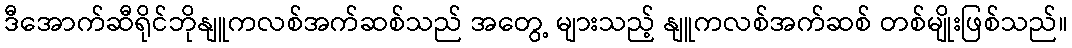
ဒီအောက်ဆီရိုင်ဘိုနျူကလစ်အက်ဆစ်သည် အတွေ့ များသည့် နျူကလစ်အက်ဆစ် တစ်မျိုးဖြစ်သည်။